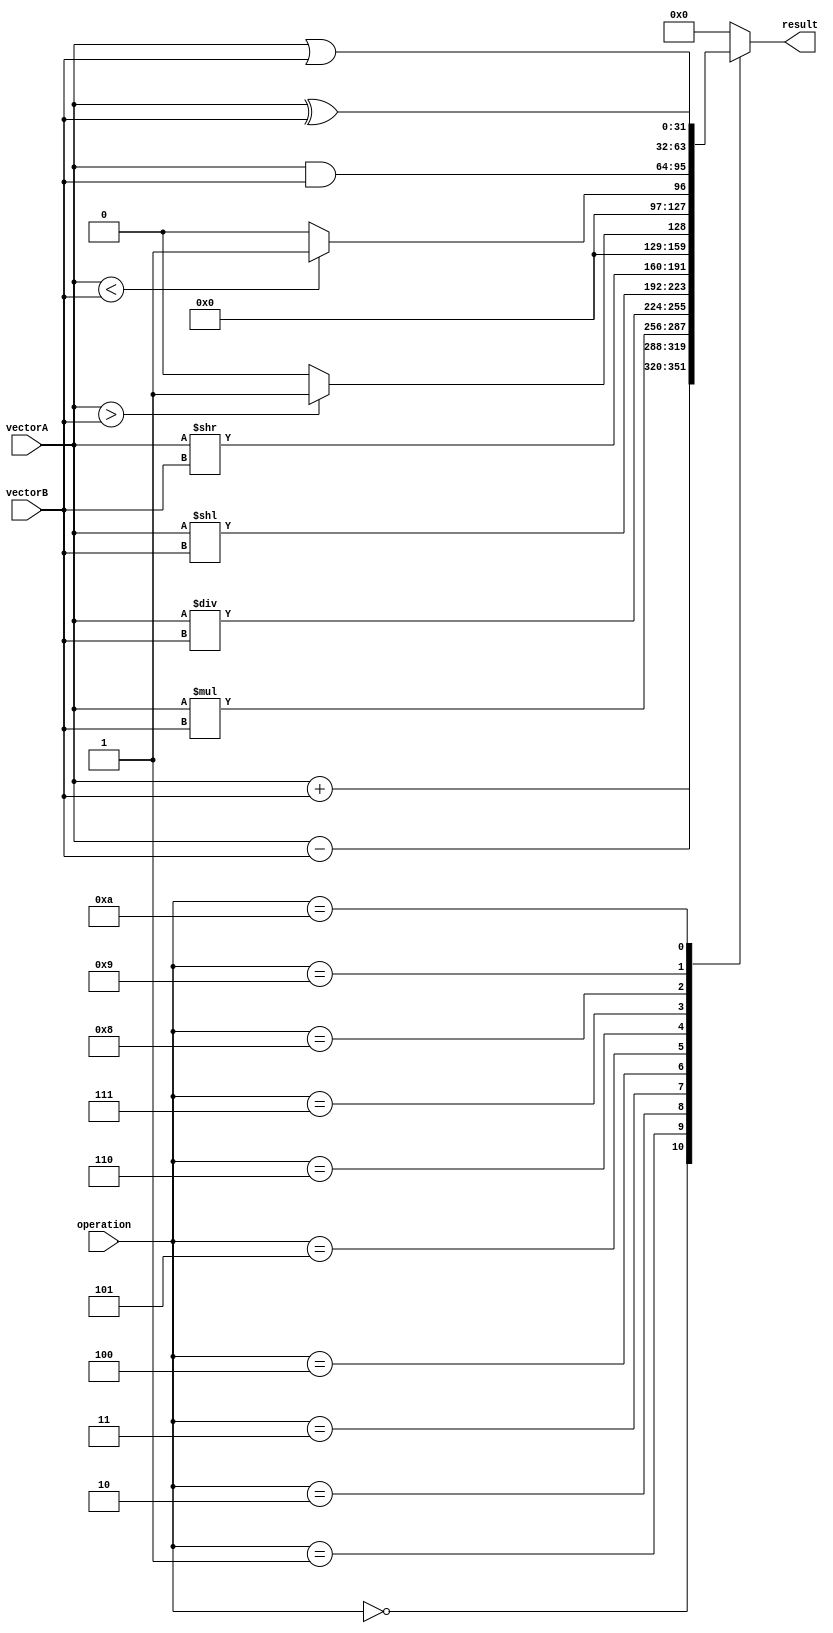
module Vector_ALU(
    input [31:0] vectorA,
    input [31:0] vectorB,
    input [3:0] operation,
    output reg [31:0] result
);

always @(*) begin
    case(operation)
        0: result = vectorA + vectorB; // addition
        1: result = vectorA - vectorB; // subtraction
        2: result = vectorA * vectorB; // multiplication
        3: result = vectorA / vectorB; // division
        4: result = vectorA << vectorB; // left shift
        5: result = vectorA >> vectorB; // right shift
        6: result = (vectorA > vectorB) ? 1 : 0; // comparison greater than
        7: result = (vectorA < vectorB) ? 1 : 0; // comparison less than
        8: result = vectorA & vectorB; // bitwise AND
        9: result = vectorA | vectorB; // bitwise OR
        10: result = vectorA ^ vectorB; // bitwise XOR
        default: result = 32'b0; // default case
    endcase
end

endmodule